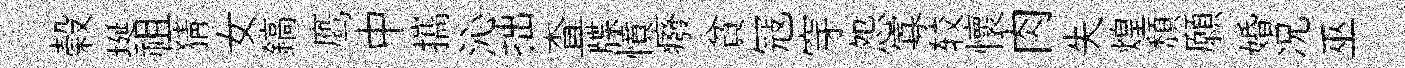
榖埏祖猜女鎬鹰中攜沁拙查牒憤癈貧冦穿怨寡较懷肉失煌頹願婚况巫